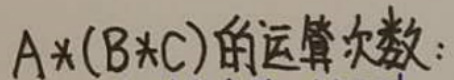
$A*(B*C)$的运算次数：